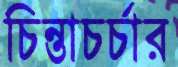
চিন্তাচর্চার